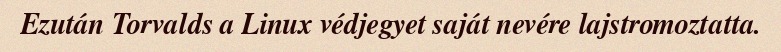
Ezután Torvalds a Linux védjegyet saját nevére lajstromoztatta.